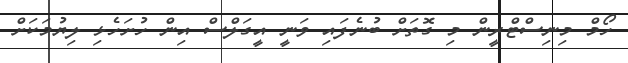
ހޯމް މިނިސްޓްރީން މި ގޮތަށް ބުނެފައި ވަނީ އީގަލްސް އިން ހުށަހެޅި ލިޔުމަކަށް